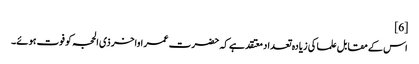
[6]
اس کے مقابل علما کی زیادہ تعداد معتقد ہے کہ حضرت عمر اواخر ذی الحجہ کو فوت ہوئے۔